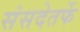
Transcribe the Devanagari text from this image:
संसदेतर्फे